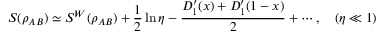
S ( \rho _ { A B } ) \simeq S ^ { W } ( \rho _ { A B } ) + \frac { 1 } { 2 } \ln \eta - \frac { D _ { 1 } ^ { \prime } ( x ) + D _ { 1 } ^ { \prime } ( 1 - x ) } { 2 } + \cdots , \quad ( \eta \ll 1 )